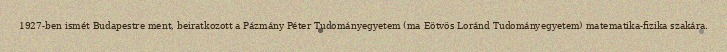
1927-ben ismét Budapestre ment, beiratkozott a Pázmány Péter Tudományegyetem (ma Eötvös Loránd Tudományegyetem) matematika-fizika szakára.